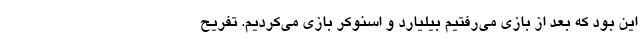
این بود که بعد از بازی می‌رفتیم بیلیارد و اسنوکر بازی می‌کردیم. تفریح